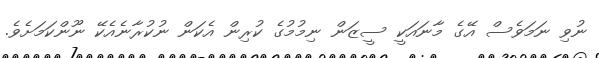
ނުވި ނަމަވެސް އޭގެ މާނައަކީ ސީޒަން ނިމުމުގެ ކުރިން އެކަން ނުކުރާނެއެކޭ ނޫންކަމަށެވެ.